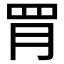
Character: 𦚋